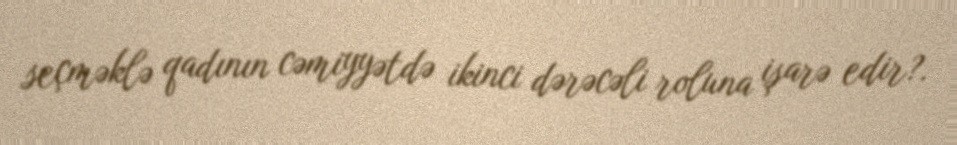
seçməklə qadının cəmiyyətdə ikinci dərəcəli roluna işarə edir?.